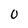
Character: 0